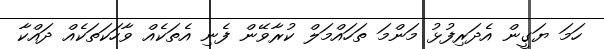
ހަމަ ޔަގީން އެދަރިފުޅު މަންމަ ތަހައްމަލް ކުރާވޭން ފެނި އެތަކެއް ވާހަކަތަކެއް ދައްކާ